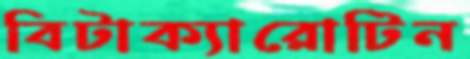
বিটাক্যারোটিন